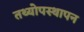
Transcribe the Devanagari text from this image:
तथ्योपस्थापन